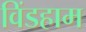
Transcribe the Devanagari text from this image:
विंडहाम